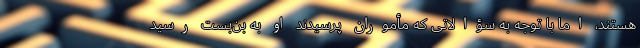
هستند، اما با توجه به سؤالاتی که مأموران پرسیدند او به بن‌بست رسید